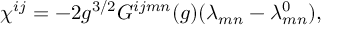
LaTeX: \chi ^ { i j } = - 2 g ^ { 3 / 2 } G ^ { i j m n } ( g ) ( \lambda _ { m n } - \lambda _ { m n } ^ { 0 } ) ,